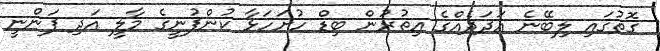
ގޮތުގައި ލިބޭނެ އަދަދެއްގެ އިތުރުން ބިޑް ހުށަހަޅާ ކުންފުނީގެ މާލީ އަދި ފަންނީ